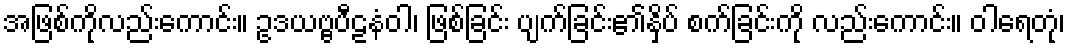
အဖြစ်ကိုလည်းကောင်း။ ဥဒယဗ္ဗပီဠနံဝါ၊ ဖြစ်ခြင်း ပျက်ခြင်း၏နှိပ် စက်ခြင်းကို လည်းကောင်း။ ဝါရေတုံ၊